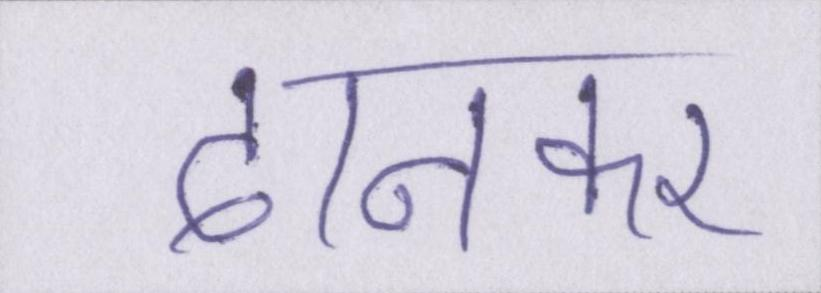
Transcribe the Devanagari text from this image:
दानकर